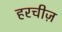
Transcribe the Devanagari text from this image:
हरचीज़